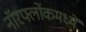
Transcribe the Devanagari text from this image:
नॉरर्फ्लोकमध्ये